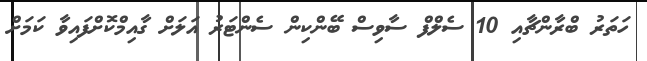
ހަތަރު ބްރާންޗާއި 10 ސެލްފް ސާވިސް ބޭންކިން ސެންޓަރު އަލަށް ގާއިމްކޮށްފައިވާ ކަމަށް